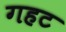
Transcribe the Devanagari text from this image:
गहट